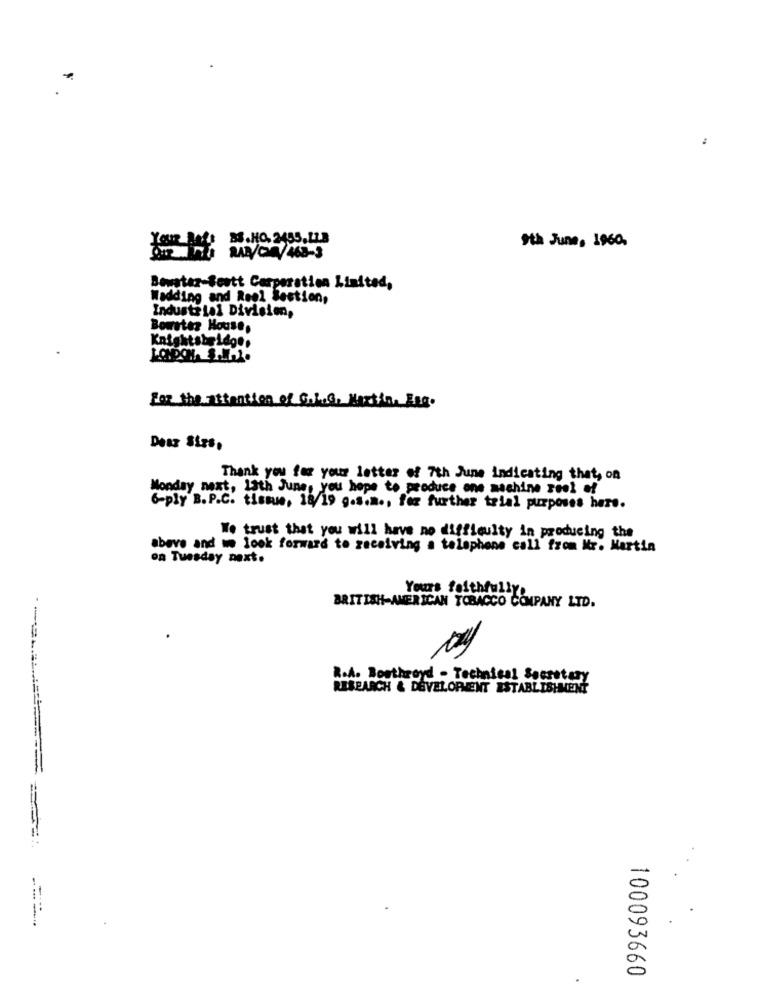
BS.HO. 2455.123
9th June, 1960.
AAN/CE 463-3
Bewater-Seatt Corporation Limited,
Wadding and Repl Bestien,
Industrial Division,
Bowater House,
Knightsbe Lage,
For the attention of G.KG, Nextin, Egg.
Deaz Sizs,
Thank you for your letter of 7th June indicating that, on
Monday next, Lath June, you hope to produce one machine reel of
6-ply B.P.C. tissue, 18/19 9.s.m ., for further trial purposes here.
We trust that you will have no difficulty in producing the
above and we look forward to receiving a telephone call from Mr. Martin
on Tuesday next.
Yours faithfully
BRITISH-AMERICAN TOBACCO COMPANY LTD.
R.A. Boothroyd - Technical Secretary
RESEARCH & DEVELOPMENT ESTABLISHMENT
-
0
100093660